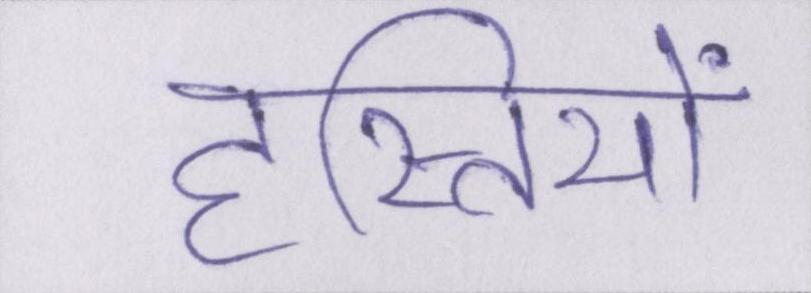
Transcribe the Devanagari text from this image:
हस्तियों